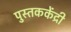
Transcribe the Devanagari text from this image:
पुस्तककेंद्री